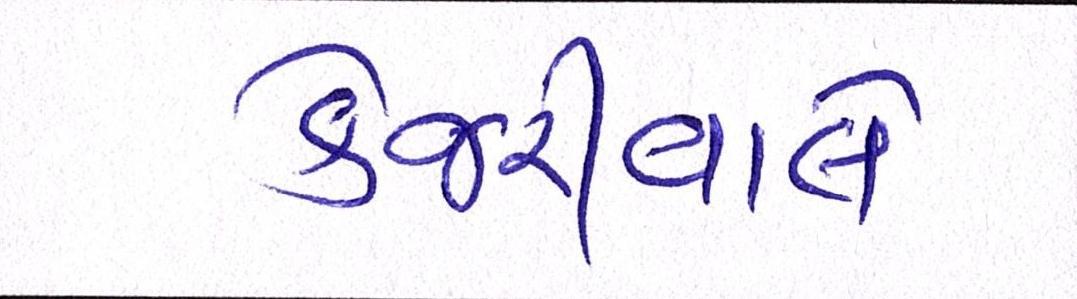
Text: કેજરીવાલે